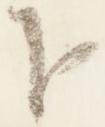
下